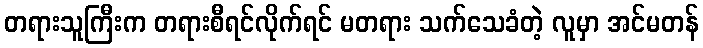
တရားသူကြီးက တရားစီရင်လိုက်ရင် မတရား သက်သေခံတဲ့ လူမှာ အင်မတန်